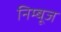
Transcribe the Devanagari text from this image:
निम्बूज